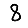
Digit: 8